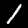
Label: 1